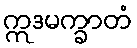
ဣဒမက္ခာတံ